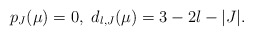
\begin{align*}p_J(\mu)=0,\ d_{l,J}(\mu)=3-2l-|J|.\end{align*}